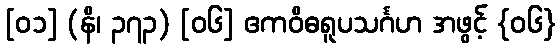
[၀၁] (နိ၊ ၃၇၃) [၀၆] ဧကဝိဓရူပသင်္ဂဟ အဖွင့် {၀၆}